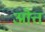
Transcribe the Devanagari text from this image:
ओत्त